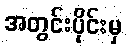
အတွင်းပိုင်းမှ